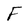
Character: F